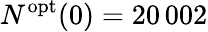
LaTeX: N^{\mathrm{opt}}(0)=20\, 002